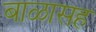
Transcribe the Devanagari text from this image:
बाळासह